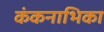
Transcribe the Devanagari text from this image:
कंकनाभिका